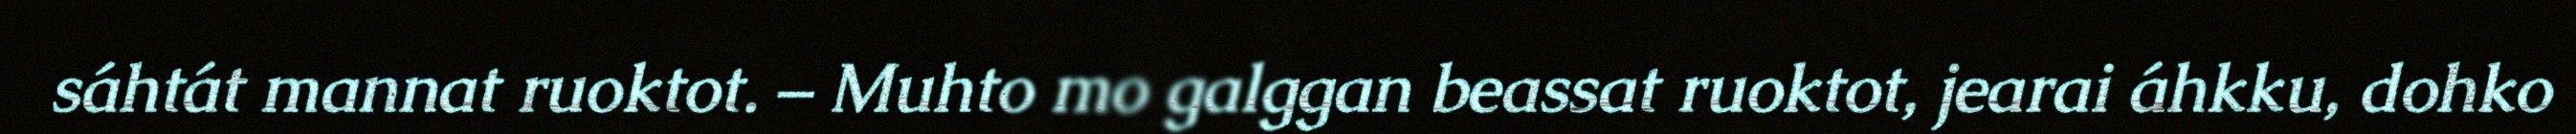
sáhtát mannat ruoktot. – Muhto mo galggan beassat ruoktot, jearai áhkku, dohko